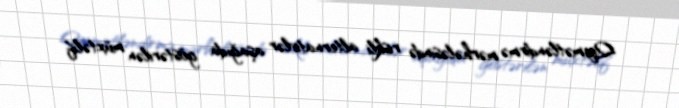
Qiymətləndirmə mərhələsində riskli alternativlər aşağıda göstərilən müxtəlif